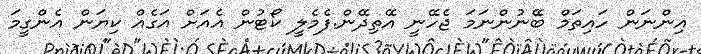
އިންނަން ހައިތަމް ބޭނުންނަމަ ޖެހޭނީ އޭތިދޭން.ފެމެލީ ކޯޓުން އެއަށް އަގެއް ކިޔަން އެންގީމަ